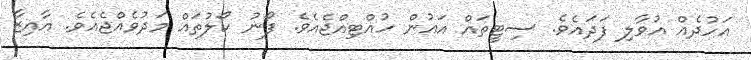
އަހުދެއް އުވާލި ފަދައެވެ. ސިޓީތައް އައުން ހުއްޓިއްޖެއެވެ. ފޯނު ކޯލުތައް މަދުވެއްޖެއެވެ. އާއިޒާ